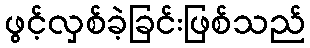
ဖွင့်လှစ်ခဲ့ခြင်းဖြစ်သည်